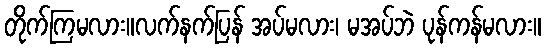
တိုက်ကြမလား။လက်နက်ပြန် အပ်မလား၊ မအပ်ဘဲ ပုန်ကန်မလား။